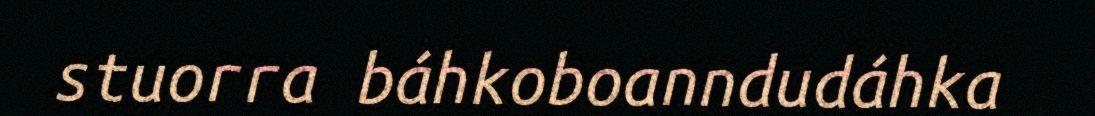
stuorra báhkoboanndudáhka